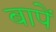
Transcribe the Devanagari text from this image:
बापें